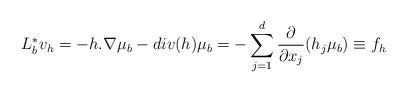
LaTeX: \begin{align*} L_b^*v_h = -h . \nabla \mu_b - div(h) \mu_b = -\sum_{j=1}^d \frac{\partial}{\partial x_j} (h_j \mu_b) \equiv f_h\end{align*}